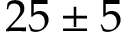
2 5 \pm 5